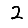
Digit: 2